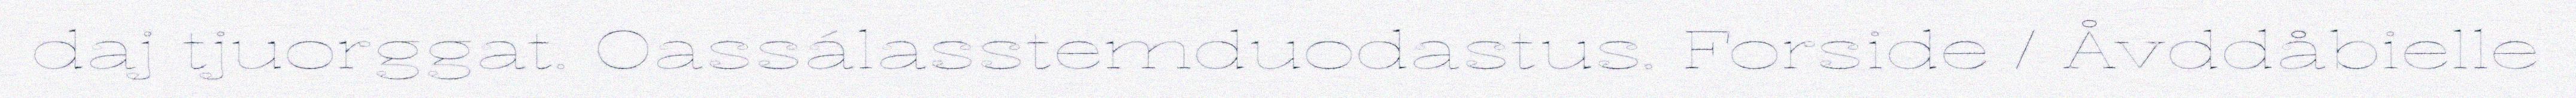
daj tjuorggat. Oassálasstemduodastus. Forside / Åvddåbielle